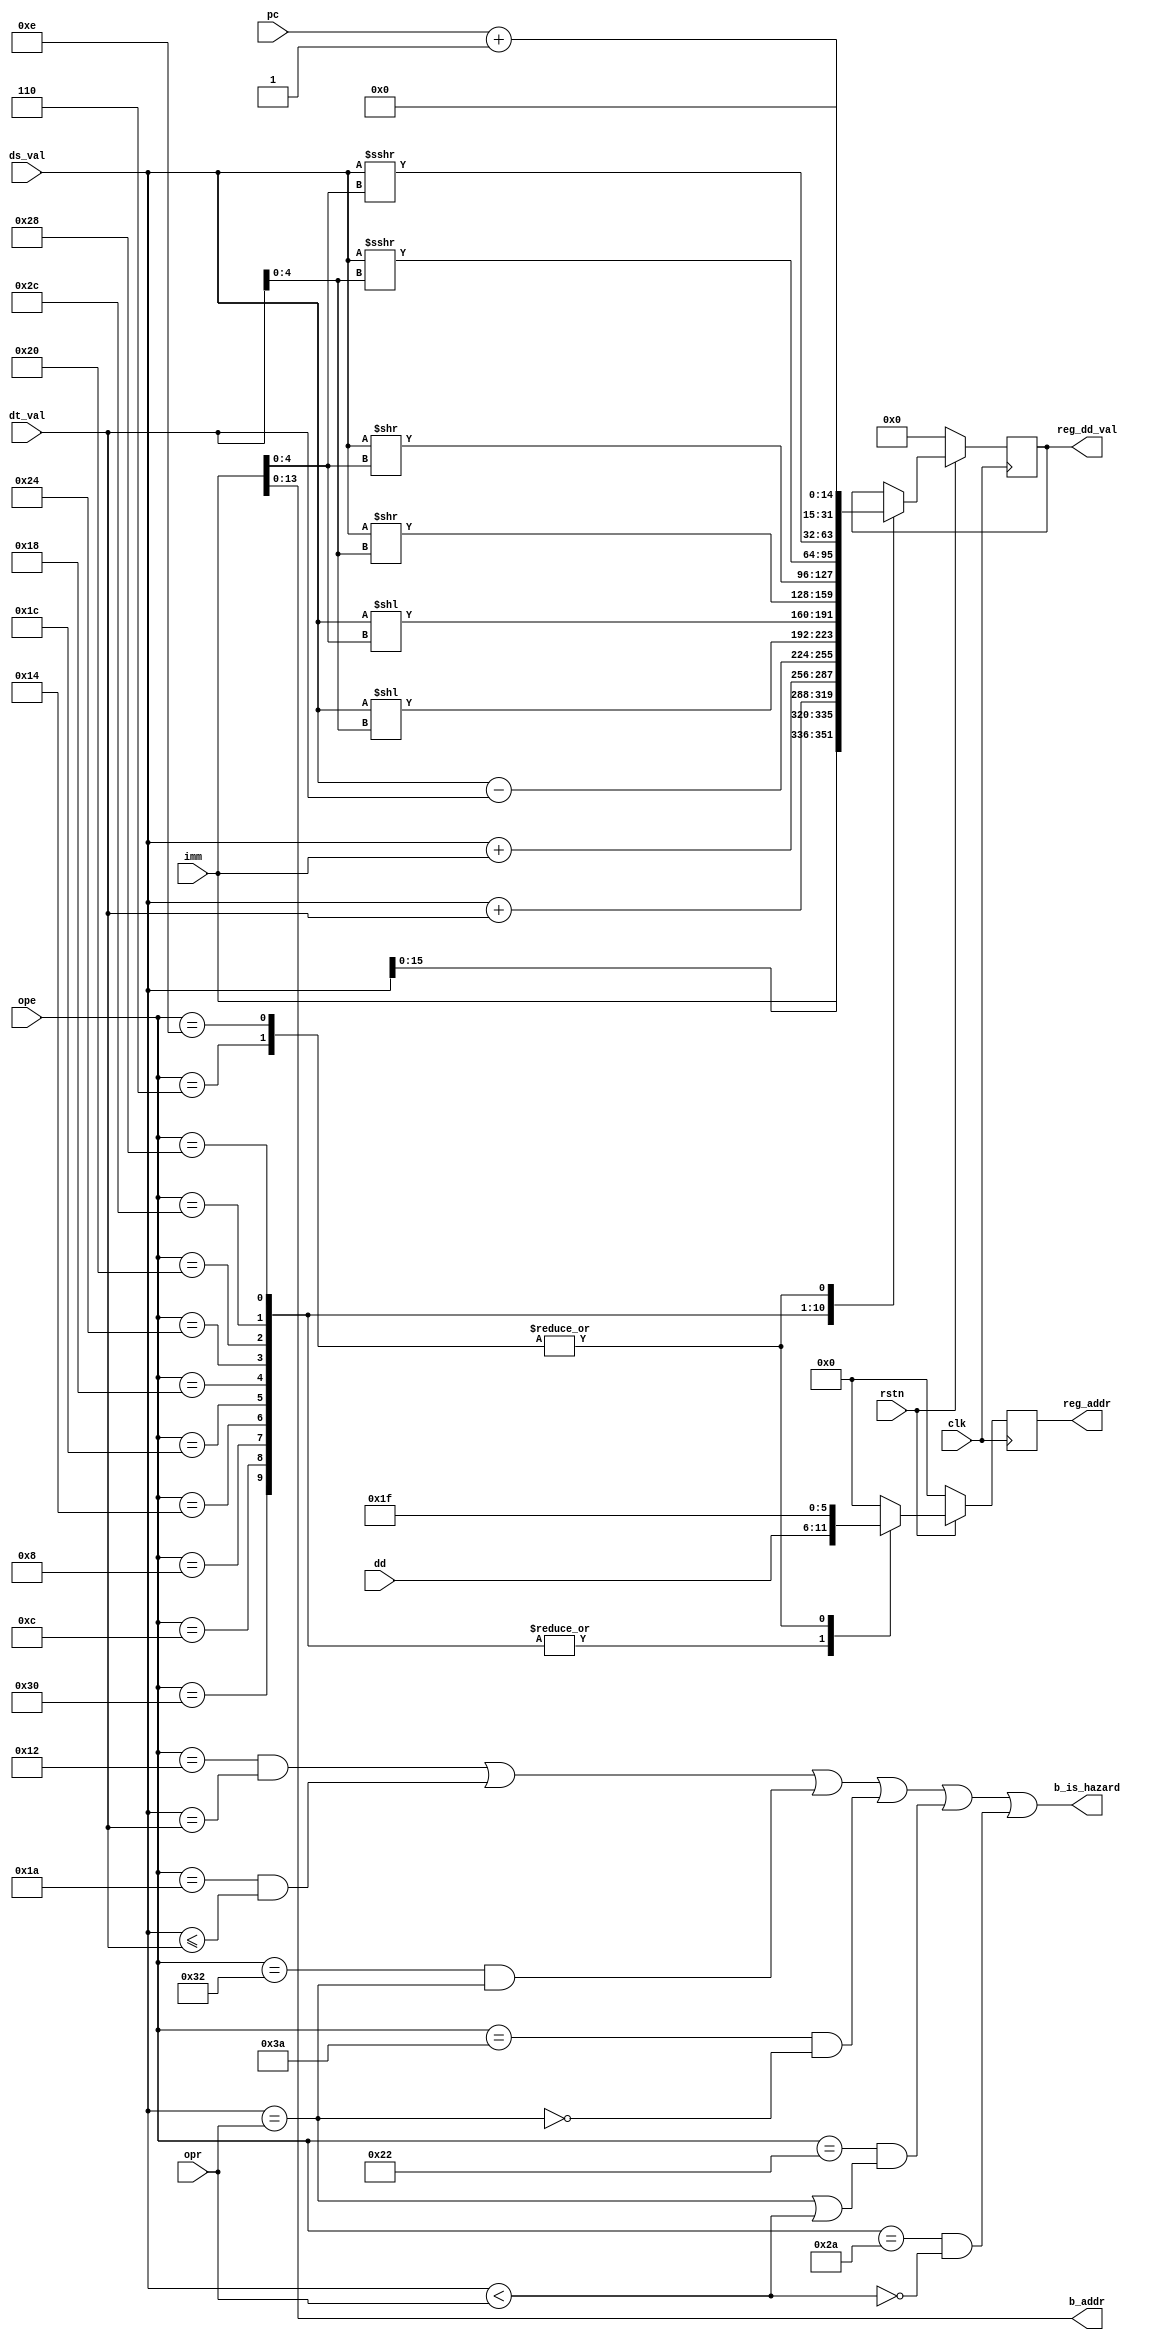
module alu(
	input wire clk,
	input wire rstn,
	input wire [5:0] ope,
	input wire [13:0] pc,
	input wire [31:0] ds_val,
	input wire [31:0] dt_val,
	input wire [5:0] dd,
	input wire [15:0] imm,
	input wire [4:0] opr,
	output wire b_is_hazard,
	output wire [13:0] b_addr,
	output reg [5:0] reg_addr,
	output reg [31:0] reg_dd_val
	);

	wire [31:0] ex_opr;
	wire rs_eq_opr;
	wire rs_lt_opr;
	
	assign ex_opr = {{27{opr[4]}},opr};
	assign rs_eq_opr = $signed(ds_val) == $signed(ex_opr);
	assign rs_lt_opr = $signed(ds_val) < $signed(ex_opr);

	assign b_is_hazard =
		(ope[5:0] == 6'b010010 && $signed(ds_val) == $signed(dt_val)) ||
		(ope[5:0] == 6'b011010 && $signed(ds_val) <= $signed(dt_val)) ||
		(ope[5:0] == 6'b110010 && rs_eq_opr) ||
		(ope[5:0] == 6'b111010 && ~rs_eq_opr) ||
		(ope[5:0] == 6'b100010 && (rs_eq_opr || rs_lt_opr)) ||
		(ope[5:0] == 6'b101010 && ~rs_lt_opr);
	assign b_addr = imm[13:0];

	always @(posedge clk) begin
		if(~rstn) begin
			reg_addr <= 0;
			reg_dd_val <= 0;
		end else begin
			case (ope)
				6'b110000: // LUI
					begin
						reg_addr <= dd;
						reg_dd_val <= {imm,ds_val[15:0]};
					end
				6'b001100: //ADD
					begin
						reg_addr <= dd;
						reg_dd_val <= $signed(ds_val) + $signed(dt_val);
					end
				6'b001000: //ADDI
					begin
						reg_addr <= dd;
						reg_dd_val <= $signed(ds_val) + $signed(imm);
					end
				6'b010100: //SUB
					begin
						reg_addr <= dd;
						reg_dd_val <= $signed(ds_val) - $signed(dt_val);
					end
				6'b011100: // SLL
					begin
						reg_addr <= dd;
						reg_dd_val <= ds_val << dt_val[4:0];
					end
				6'b011000: //SLLI
					begin
						reg_addr <= dd;
						reg_dd_val <= ds_val << imm[4:0];
					end
				6'b100100: //SRL
					begin
						reg_addr <= dd;
						reg_dd_val <= ds_val >> dt_val[4:0];
					end
				6'b100000: //SRLI
					begin
						reg_addr <= dd;
						reg_dd_val <= ds_val >> imm[4:0];
					end
				6'b101100: //SRA
					begin
						reg_addr <= dd;
						reg_dd_val <= ds_val >>> dt_val[4:0];
					end
				6'b101000: //SRAI
					begin
						reg_addr <= dd;
						reg_dd_val <= ds_val >>> imm[4:0];
					end
				6'b000010: //J
					begin
						reg_addr <= 0;
					end
				6'b000110: //JAL
					begin
						reg_addr <= 6'b011111;
						reg_dd_val <= pc + 1;
					end
				6'b001010: //JR
					begin
						reg_addr <= 0;
					end
				6'b001110: //JALR
					begin
						reg_addr <= 6'b011111;
						reg_dd_val <= pc + 1;
					end
				default:
					begin
						reg_addr <= 0;
					end
			endcase
		end
	end
endmodule